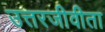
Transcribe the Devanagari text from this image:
उत्तरजीवीता